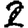
Digit: 2